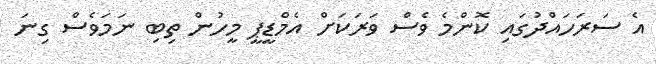
އެ ސަރަހައްދުގައި ކޮންމެ ވެސް ވަރަކަށް އެމްޑީޕީ މީހުން ތިބި ނަމަވެސް ގިނަ